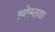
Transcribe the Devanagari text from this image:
ख़ोस्तवा